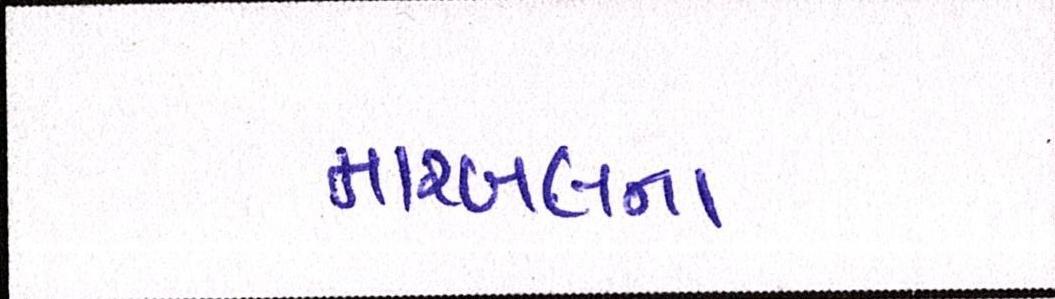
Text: મારબલના